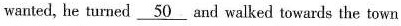
wanted, he turned \underline{50} and walked towards the town